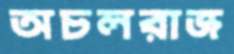
অচলরাজ